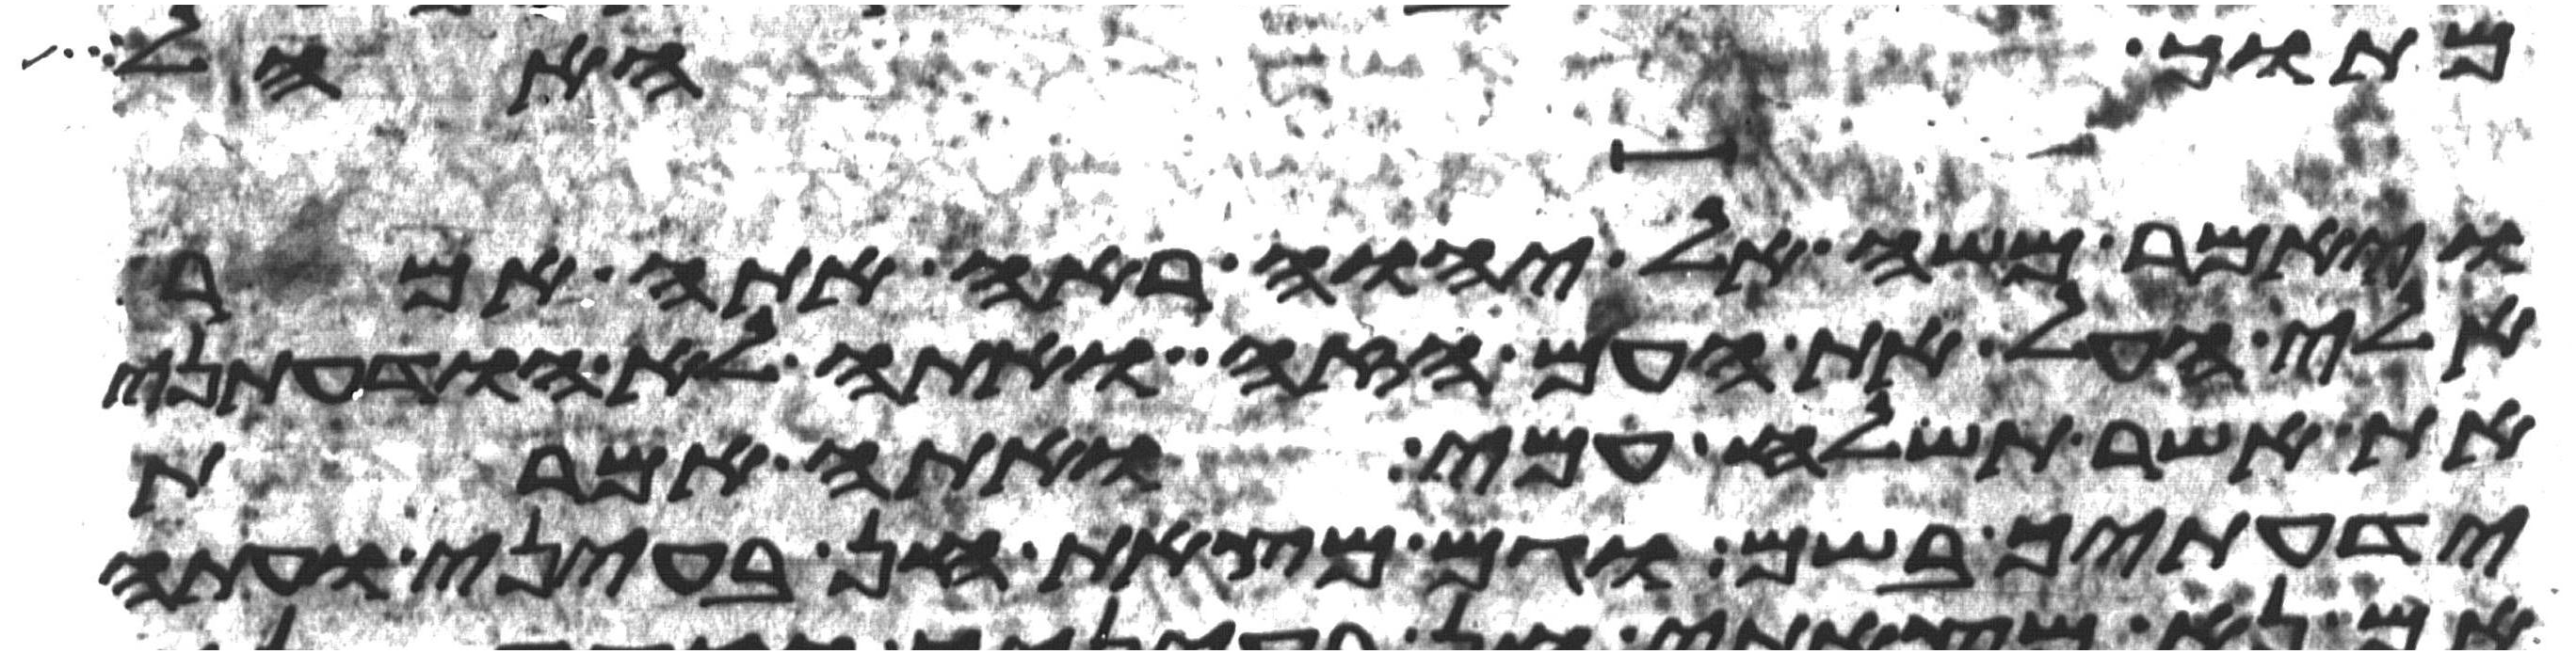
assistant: מתוך האהל
ויאמר משה אל יהוה ראה אתה אמר
אלי העל את העם הזה ואתה לא הודעתני
את אשר תשלח עמי ואתה אמרת
ידעתיך בשם וגם מצאת חן בעיני ועתה